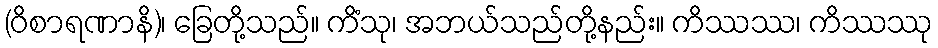
(ဝိစာရဏာနိ)၊ ခြေတို့သည်။ ကိံသု၊ အဘယ်သည်တို့နည်း။ ကိဿဿ၊ ကိဿဿု